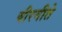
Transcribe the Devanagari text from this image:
वीरगीते